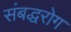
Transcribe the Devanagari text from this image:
संबद्धरोग